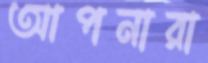
আপনারা